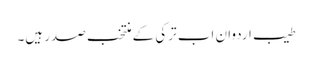
طیب اردوان اب ترکی کے منتخب صدر ہیں۔